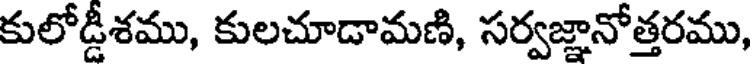
కులోడ్డీశము, కులచూడామణి, సర్వజ్ఞానోత్తరము,